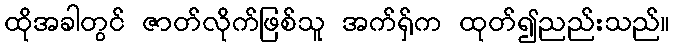
ထိုအခါတွင် ဇာတ်လိုက်ဖြစ်သူ အက်ရှ်က ထုတ်၍ညည်းသည်။